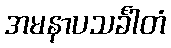
အမနာပသင်္ခါတံ